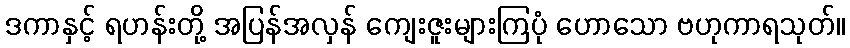
ဒကာနှင့် ရဟန်းတို့ အပြန်အလှန် ကျေးဇူးများကြပုံ ဟောသော ဗဟုကာရသုတ်။